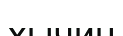
хычин